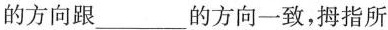
的方向跟___的方向一致，拇指所